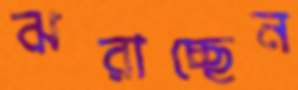
ঝরাচ্ছেন